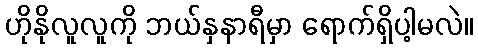
ဟိုနိုလူလူကို ဘယ်နှနာရီမှာ ရောက်ရှိပါ့မလဲ။